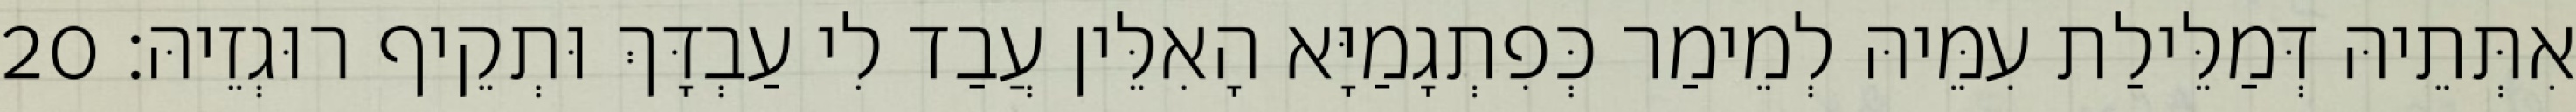
אִתְּתֵיהּ דְּמַלֵּילַת עִמֵּיהּ לְמֵימַר כְּפִתְגָמַיָּא הָאִלֵּין עֲבַד לִי עַבְדָּךְ וּתְקֵיף רוּגְזֵיהּ׃ 20